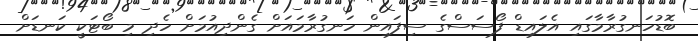
ބޮޑުހަނގުރާމާގައި އެލައިޑް ފޯސަސްގެ ސިފައިން ހަނގުރާމައަށް ގެންދިއުމަށް ހެދި މި ބޯޓަކީ ކަނޑަށް